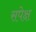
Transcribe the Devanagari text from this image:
सपेक्ष